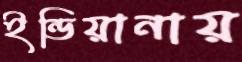
ইন্ডিয়ানায়